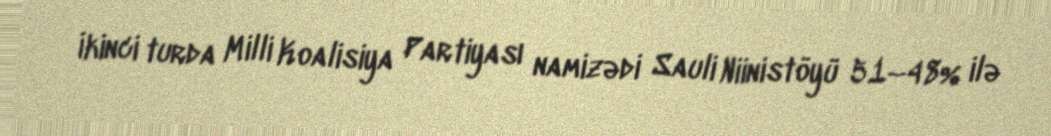
İkinci turda Milli Koalisiya Partiyası namizədi Sauli Niinistöyü 51–48% ilə